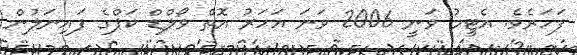
ފަހަރެވެ. އެޓީމު ވަނީ 2006 ވަނަ އަހަރު އޮތް ވޯލްޑް ކަޕްގެ ފައިނަލުން